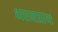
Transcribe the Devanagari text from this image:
भरनप्राथ